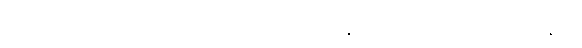
လူမှုတာဝန်များကို တဦးမျှ ကြောက်စရာဖြစ်နိုင်သော်လည်း တောင်သမန်သို့